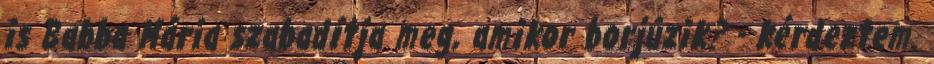
is Babba Mária szabadítja meg, amikor borjúzik? - kérdeztem.